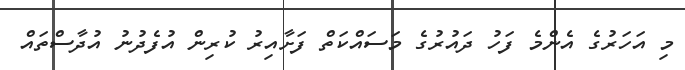
މި އަހަރުގެ އެންމެ ފަހު ދައުރުގެ މަސައްކަތް ފަށާއިރު ކުރިން އުފެދުނު އުދާސްތައް